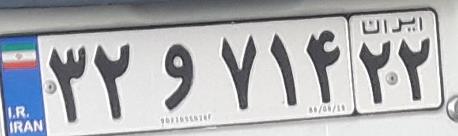
۳۲و۷۱۴۲۲